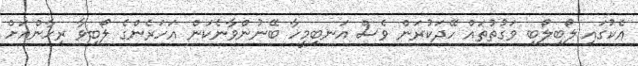
އެކުގައި ލޯބިލޯބި ވަގުތުތައް ހޭދަކުރަން ވެސް އަނބިމީހާ ބޭނުންވާނެކަން އަހަރެންގެ ލޯބިވާ ރިހާންއަށް